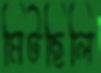
মিটছিলি